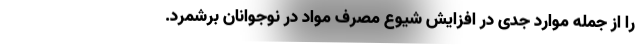
را از جمله موارد جدی در افزایش شیوع مصرف مواد در نوجوانان برشمرد.